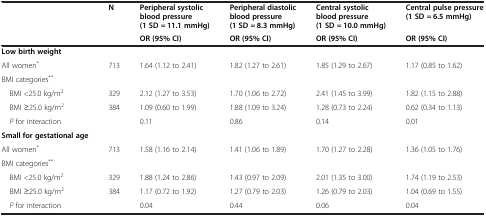
| <ROWSPAN=2>  | <ROWSPAN=2> N | Peripheral systolic blood pressure (1 SD = 11.1 mmHg) | Peripheral diastolic blood pressure (1 SD = 8.3 mmHg) | Central systolic blood pressure (1 SD = 10.0 mmHg) | Central pulse pressure (1 SD = 6.5 mmHg) |
 | OR (95% CI) | OR (95% CI) | OR (95% CI) | OR (95% CI) |
 | --- | --- | --- | --- | --- | --- |
 | Low birth weight |  |  |  |  |  |
 | All women* | 713 | 1.64 (1.12 to 2.41) | 1.82 (1.27 to 2.61) | 1.85 (1.29 to 2.67) | 1.17 (0.85 to 1.62) |
 | BMI categories** |  |  |  |  |  |
 | BMI <25.0 kg/m2 | 329 | 2.12 (1.27 to 3.53) | 1.70 (1.06 to 2.72) | 2.41 (1.45 to 3.99) | 1.82 (1.15 to 2.88) |
 | BMI ≥25.0 kg/m2 | 384 | 1.09 (0.60 to 1.99) | 1.88 (1.09 to 3.24) | 1.28 (0.73 to 2.24) | 0.62 (0.34 to 1.13) |
 | P for interaction |  | 0.11 | 0.86 | 0.14 | 0.01 |
 | Small for gestational age |  |  |  |  |  |
 | All women* | 713 | 1.58 (1.16 to 2.14) | 1.41 (1.06 to 1.89) | 1.70 (1.27 to 2.28) | 1.36 (1.05 to 1.76) |
 | BMI categories** |  |  |  |  |  |
 | BMI <25.0 kg/m2 | 329 | 1.88 (1.24 to 2.86) | 1.43 (0.97 to 2.09) | 2.01 (1.35 to 3.00) | 1.74 (1.19 to 2.53) |
 | BMI ≥25.0 kg/m2 | 384 | 1.17 (0.72 to 1.92) | 1.27 (0.79 to 2.03) | 1.26 (0.79 to 2.03) | 1.04 (0.69 to 1.55) |
 | P for interaction |  | 0.04 | 0.44 | 0.06 | 0.04 |